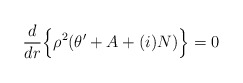
\begin{align*}\frac{d}{dr} \Bigl\{ \rho^2 (\theta' +A + (i)N) \Bigr\} = 0\end{align*}